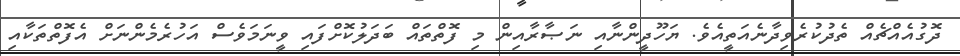
ދޮގުއެއްޗެއް ތެދުކުރެވިދާނެއަތީއެވެ. ޔަހޫދީންނާއި ނަޞާރާއިން މި ފޮތްތައް ބަދަލުކޮށްފައި ވީނަމަވެސް އަހުރެމެންނަށް އެފޮތްތަކާއި